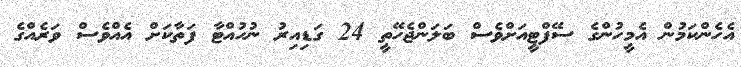
އެހެންކަމުން އެމީހުންގެ ސޭފްޓީއަށްވެެސް ބަލަންޖެހޭތީ 24 ގަޑިއިރު ނުހުއްޓާ ފަތާކަށް އެއްވެސް ވަރެއްގެ